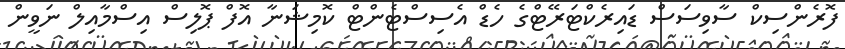
ފޮރެންސިކް ސާވިސަސް ޑައިރެކްޓަރޭޓްގެ ހެޑް އެސިސްޓެންޓް ކޮމިޝަނާ އޮފް ޕޮލިސް އިސްމާއިލް ނަވީން